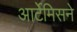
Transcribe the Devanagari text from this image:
आर्टेमिसने